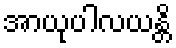
အာယုပါလယန္တိ